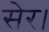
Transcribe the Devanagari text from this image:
सेर।